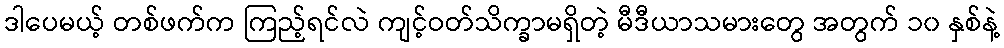
ဒါပေမယ့် တစ်ဖက်က ကြည့်ရင်လဲ ကျင့်ဝတ်သိက္ခာမရှိတဲ့ မီဒီယာသမားတွေ အတွက် ၁၀ နှစ်နဲ့